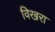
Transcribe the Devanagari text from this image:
विखरा